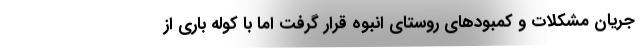
جریان مشکلات و کمبودهای روستای انبوه قرار گرفت اما با کوله باری از